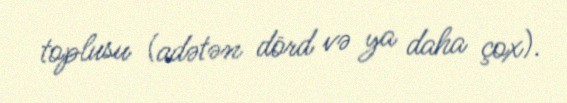
toplusu (adətən dörd və ya daha çox).